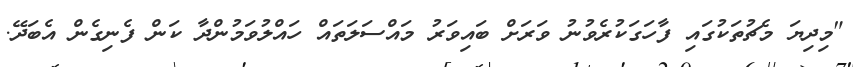
"މިދިޔަ މެޗުތަކުގައި ފާހަގަކުރެވުނު ވަރަށް ބައިވަރު މައްސަލަތައް ހައްލުވަމުންދާ ކަން ފެނިގެން އެބަދޭ.